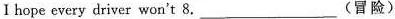
I hope every driver won't 8.___ 冒险)